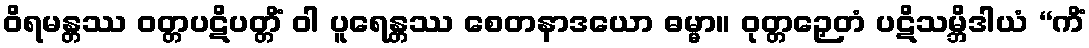
ဝိရမန္တဿ ဝတ္တပဋိပတ္တိံ ဝါ ပူရေန္တဿ စေတနာဒယော ဓမ္မာ။ ဝုတ္တဉှေတံ ပဋိသမ္ဘိဒါယံ “ကိံ